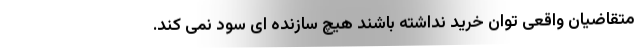
متقاضیان واقعی توان خرید نداشته باشند هیچ سازنده ای سود نمی کند.